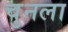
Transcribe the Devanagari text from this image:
चुनला